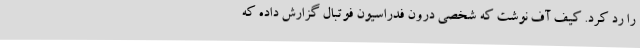
را رد کرد. کیف آف نوشت که شخصی درون فدراسیون فوتبال گزارش داده که